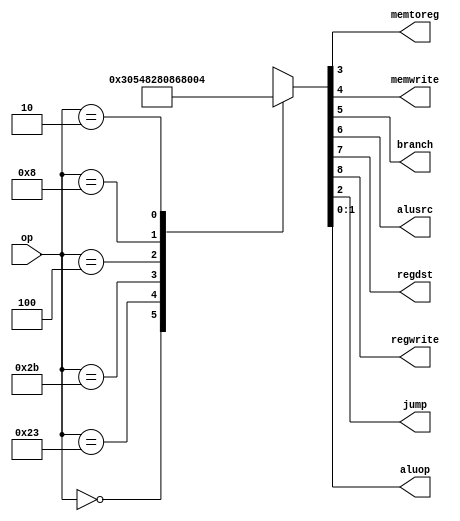

`timescale 1ns/1ps
module maindec(input  [5:0] op,
               output       memtoreg, memwrite,
               output       branch, alusrc,
               output       regdst, regwrite,
               output       jump,
               output [1:0] aluop);

  reg [9:0] controls;

  assign {regwrite, regdst, alusrc,
          branch, memwrite,
          memtoreg, jump, aluop} = controls;

  always @(*)
    case(op)
      6'b000000: controls = 9'b110000010; //Rtyp
      6'b100011: controls = 9'b101001000; //LW
      6'b101011: controls = 9'b001010000; //SW
      6'b000100: controls = 9'b000100001; //BEQ
      6'b001000: controls = 9'b101000000; //ADDI
      6'b000010: controls = 9'b000000100; //J
      default:   controls = 9'bxxxxxxxxx; //???
    endcase
endmodule